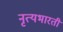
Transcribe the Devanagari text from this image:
नृत्यभारती